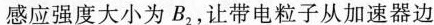
感应强度大小为B_{2}，让带电粒子从加速器边